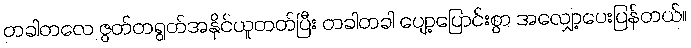
တခါတလေ ဇွတ်တရွတ်အနိုင်ယူတတ်ပြီး တခါတခါ ပျော့ပြောင်းစွာ အလျှော့ပေးပြန်တယ်။